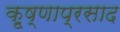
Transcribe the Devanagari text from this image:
कृ्ष्णाप्रसाद